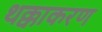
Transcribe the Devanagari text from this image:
थक्काकरण